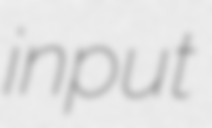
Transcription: input